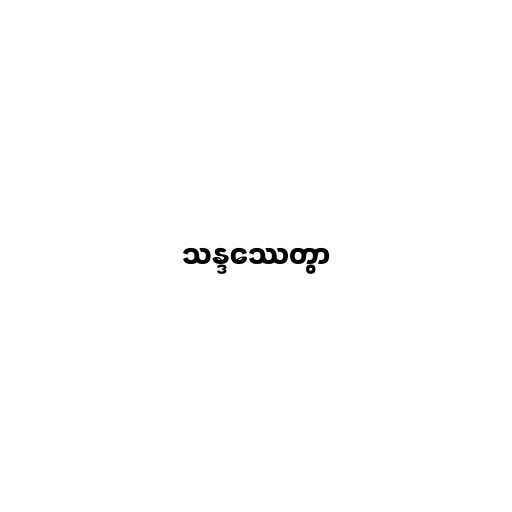
သန္ဒဿေတွာ